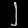
Digit: ၂